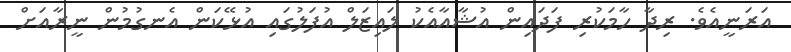
އަރަނީއެވެ. ރިދާ ހާމަކުރި ފަދައިން އުޝާއާއެކު ލައިޒަލް އުފަލުގައި އުޅޭކަން އެނގުމުން ނީރާއަށް